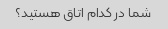
شما در کدام اتاق هستید؟